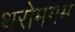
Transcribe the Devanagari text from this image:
थरोमगम